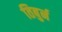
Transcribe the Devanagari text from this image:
तिबुर्न